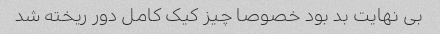
بى نهایت بد بود خصوصا چیز کیک کامل دور ریخته شد